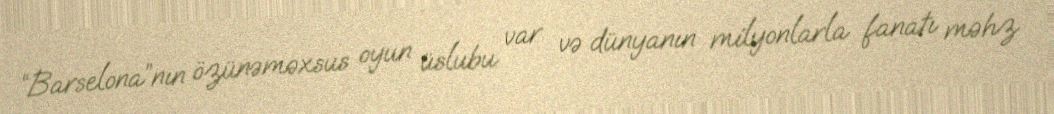
“Barselona”nın özünəməxsus oyun üslubu var və dünyanın milyonlarla fanatı məhz